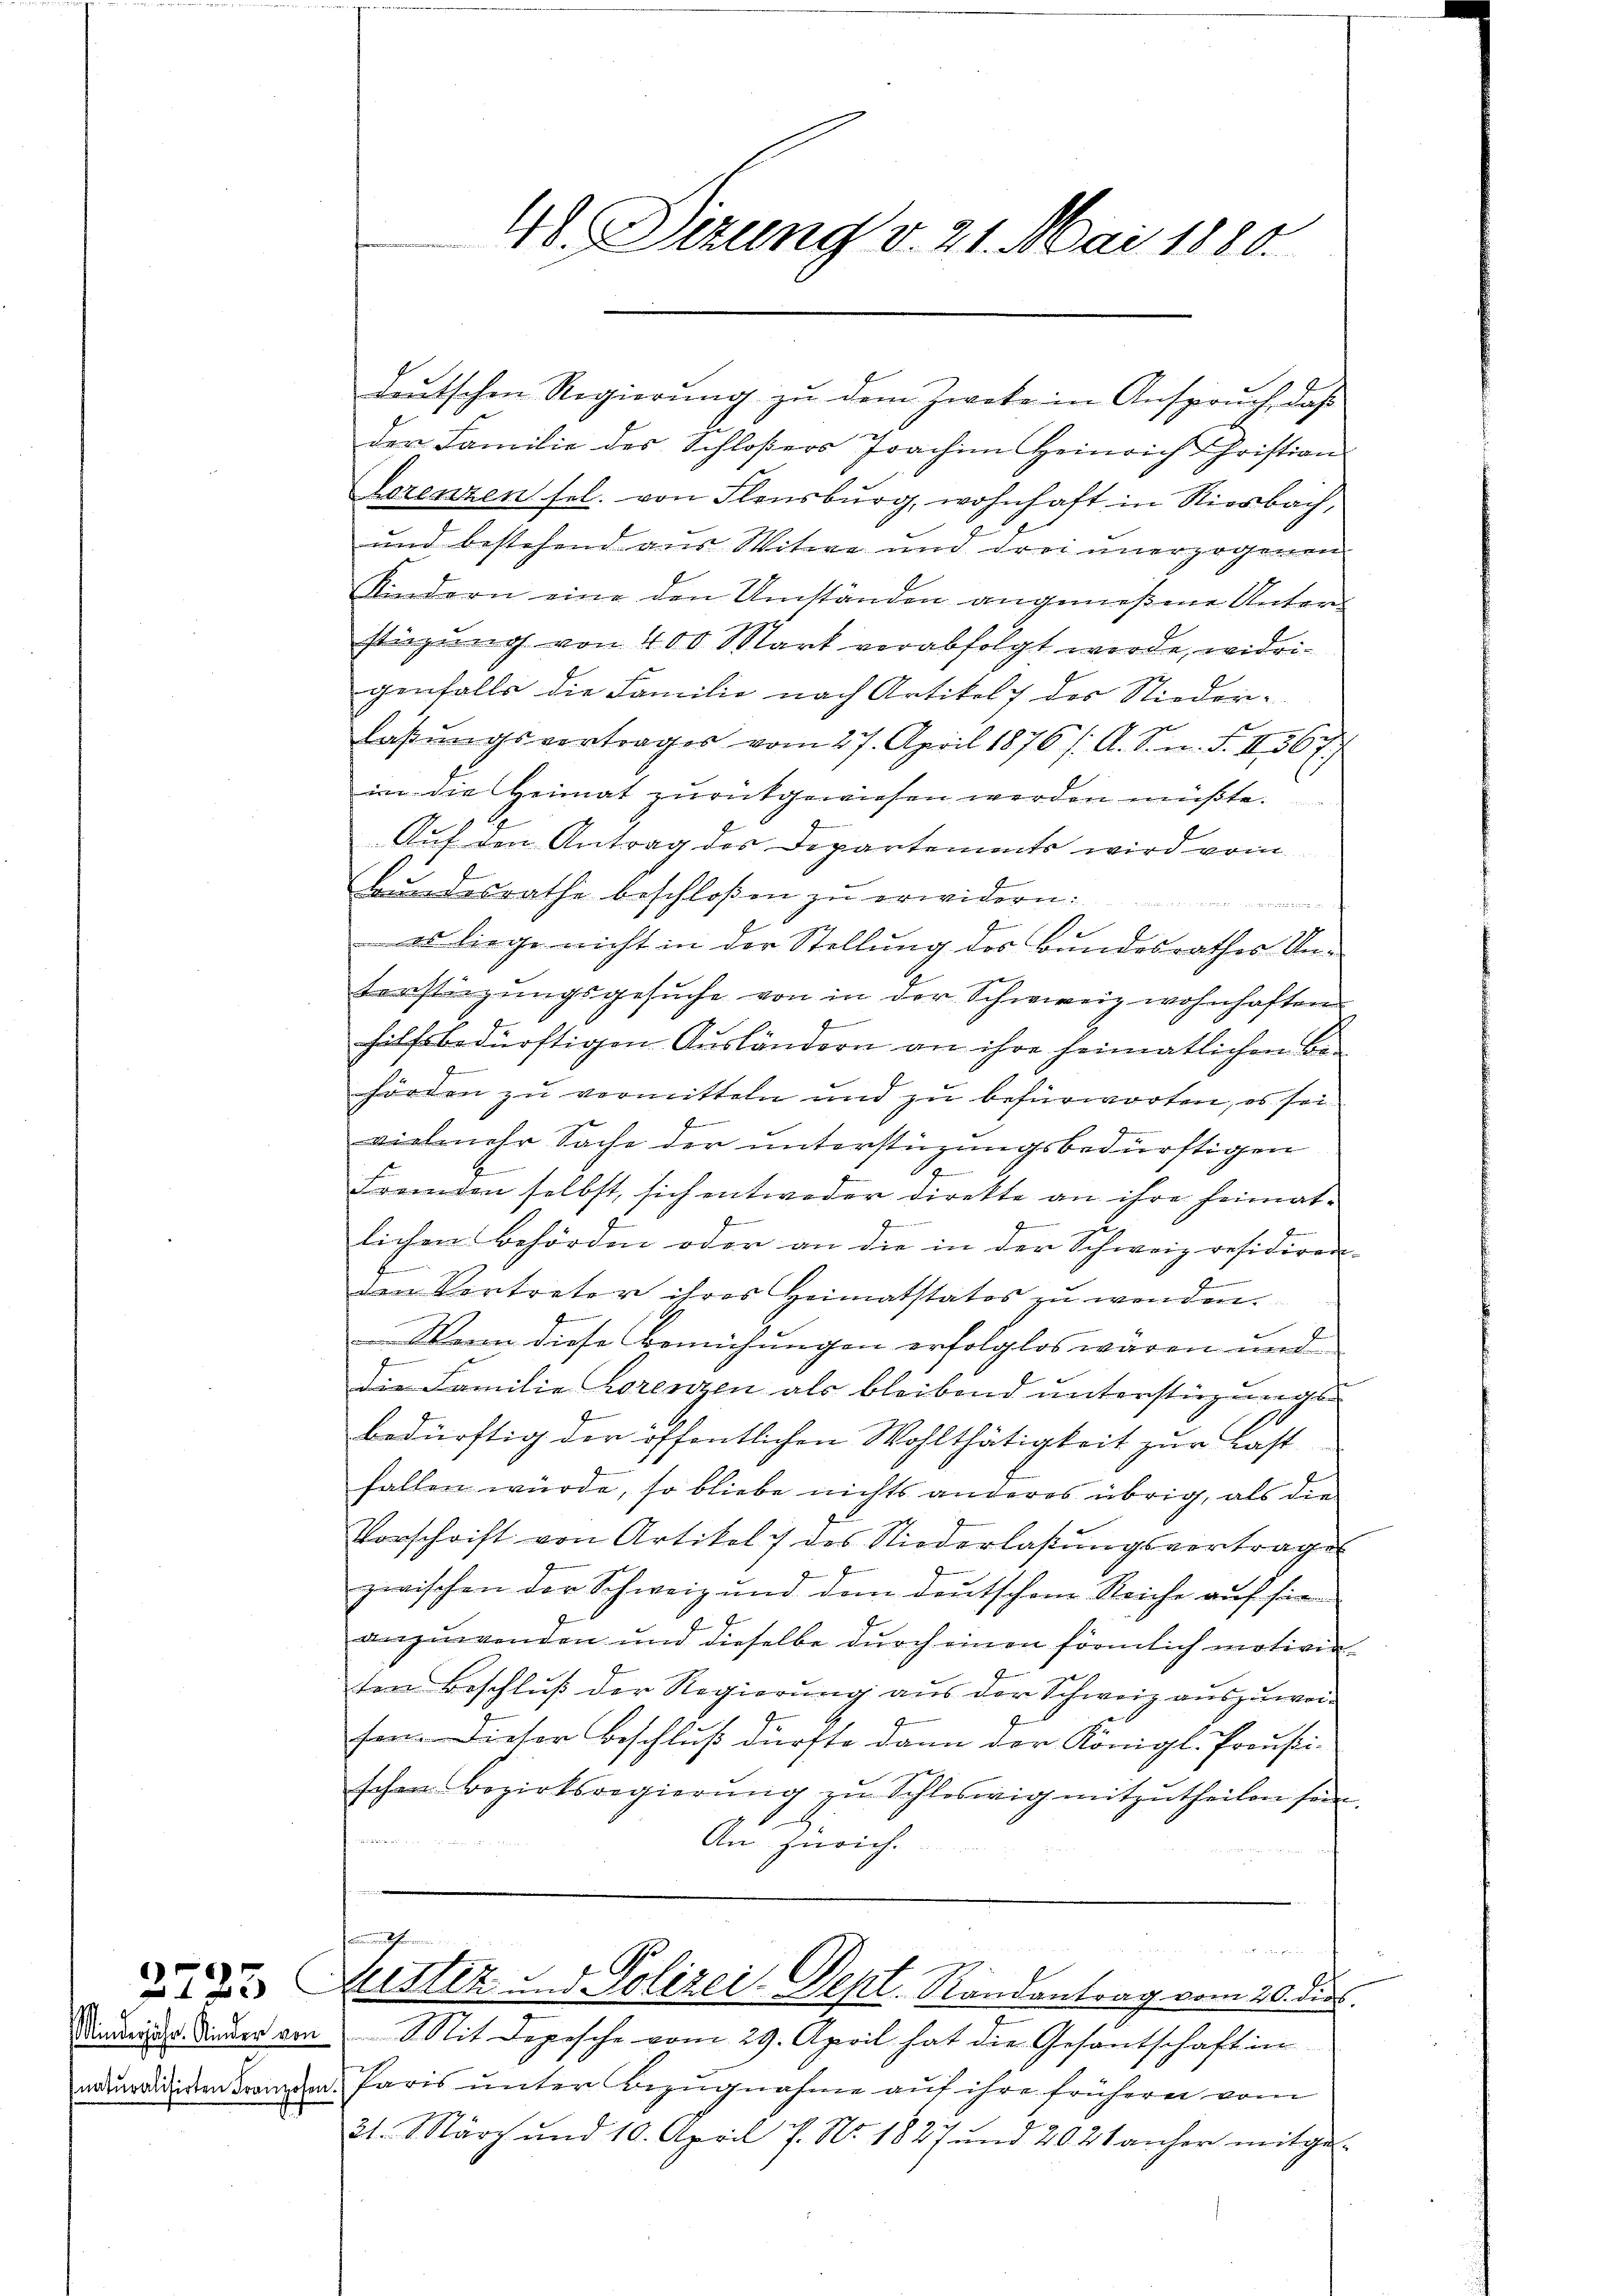
deutschen Regierung zu dem Zweke in Anspruch, das
der Familie der Schloßers Joachim Heinrich Christian
Lorenzen sel. von Flensburg, wohnhaft in Riesbach,
und bestehend aus Witwe und drei unerzogenen
Kindern eine den Umständen angemeßene Unterstüzung von 400 Mart verabfolgt werde, widrigenfalls die Familie nach Artikel 7 des Niederlaßungsvortrages vom 27. April 1876 /: A. S. n. F. II 367
in die Heimat zurückgewiesen werden müßte.
Auf den Antrag des Departements wird vom
Bundesrathe beschloßen zu erwidern:
Maienten
 es liege nicht in der Stellung des Bundesrathes Unterstüzungsgesŭche von in der Schweiz wohnhaften
g
hilfsbedürftigen Ausländern an ihre heimatlichen Be-
hörden zu vermitteln und zu befürworten, es sei
E
vielmehr Sache der unterstüzungsbedürftigen
E
e
Fremden selbst, sich entweder direkte an ihre heimat-
x
de
lichen Behörden oder an die in der Schweiz residiren-
E
den Vertreter ihres Heimatstatos zu wenden.
Wann diese Bemühungen erfolglos wären und
die Familie Lorenzen als bleibend unterstürzungen
bedürftig der öffentlichen Wohlthätigkeit zur Last
fallen würde, so bliebe nichts anderes übrig, als die
Vorschrift von Artikel 7 des Niederlaßungsvortrages
zwischen der Schweiz und dem deutschem Reiche auf sie
anzuwenden und dieselbe durch einen förmlich motivin-
ten Beschluß der Regierung aus der Schweiz auszuwei¬
Dieser Beschluß dürfte dann der Königl. Preussi-
schen Bezirksregierŭng zŭ Schleswig mitzŭtheilen sein.
19
i
An Zürich.
Bertheimen in

 e g
72 des Gestez und Polizei-Dept. Randantrag vom 20. die
Madrides Dieder ein Mit Depesche vom 29. April hat die Gesantschaft in
adridigen Branden Paris unter Bezugnahme auf ihre früherer vom
21. März und 10. April 7. No. 1827 und 2028 anher mitge-

40. Dezung v. 21. Mai 1880